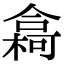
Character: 樖